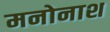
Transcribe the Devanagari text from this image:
मनोनाश